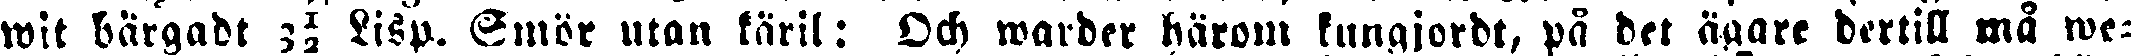
wit bärgadt 3½ Lisp. Smör utan käril: Och warder härom kungjordt, på det ägare dertill må we-